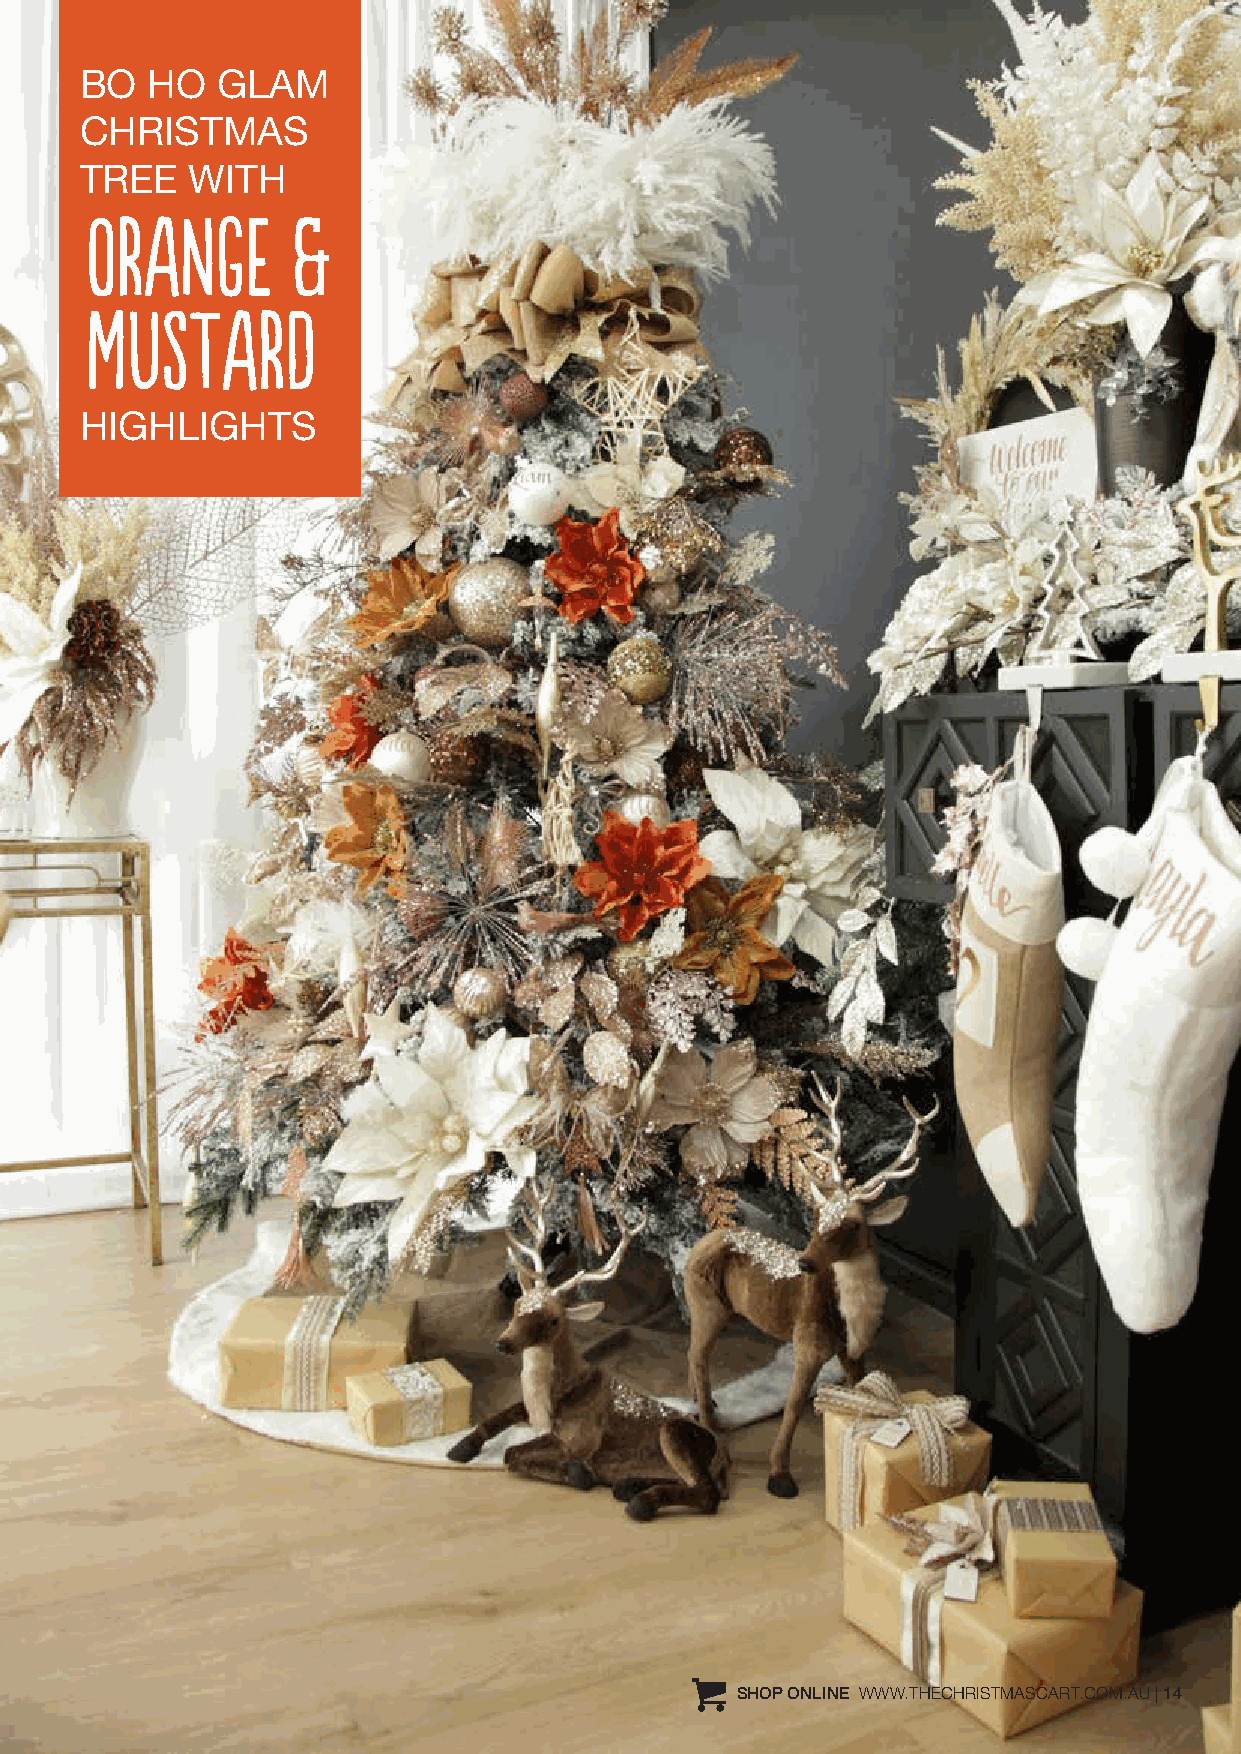
BO   HO  GLAM
 CHRISTMAS
 TREE    WITH
 ORANGE       &
 MUSTARD
 HIGHLIGHTS
 SHOP ONLINE WWW.THECHRISTMASCART.COM.AU | 14